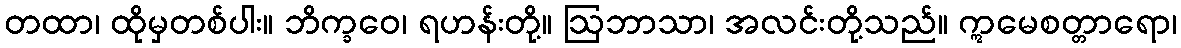
တထာ၊ ထိုမှတစ်ပါး။ ဘိက္ခဝေ၊ ရဟန်းတို့။ ဩဘာသာ၊ အလင်းတို့သည်။ ဣမေစတ္တာရော၊